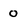
Character: o